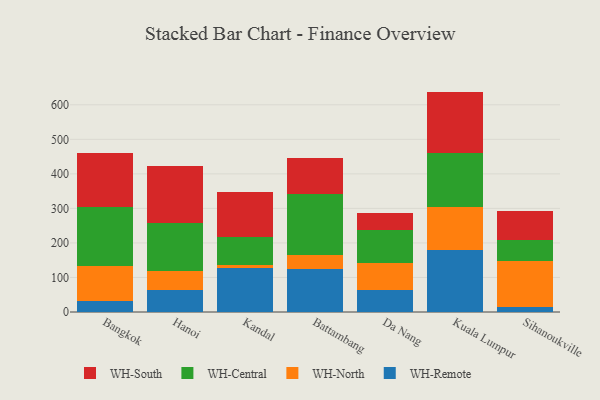
{"axis": {"x": "City", "y": "Page Views"}, "legend": ["WH-Central", "WH-North", "WH-Remote", "WH-South"], "data": [{"x": "Bangkok", "y": 32.8, "type": "WH-Remote"}, {"x": "Bangkok", "y": 100.4, "type": "WH-North"}, {"x": "Bangkok", "y": 170.9, "type": "WH-Central"}, {"x": "Bangkok", "y": 157.5, "type": "WH-South"}, {"x": "Hanoi", "y": 62.4, "type": "WH-Remote"}, {"x": "Hanoi", "y": 54.9, "type": "WH-North"}, {"x": "Hanoi", "y": 141.0, "type": "WH-Central"}, {"x": "Hanoi", "y": 163.5, "type": "WH-South"}, {"x": "Kandal", "y": 127.7, "type": "WH-Remote"}, {"x": "Kandal", "y": 8.8, "type": "WH-North"}, {"x": "Kandal", "y": 81.8, "type": "WH-Central"}, {"x": "Kandal", "y": 129.1, "type": "WH-South"}, {"x": "Battambang", "y": 123.9, "type": "WH-Remote"}, {"x": "Battambang", "y": 40.5, "type": "WH-North"}, {"x": "Battambang", "y": 177.8, "type": "WH-Central"}, {"x": "Battambang", "y": 102.9, "type": "WH-South"}, {"x": "Da Nang", "y": 64.0, "type": "WH-Remote"}, {"x": "Da Nang", "y": 78.9, "type": "WH-North"}, {"x": "Da Nang", "y": 94.3, "type": "WH-Central"}, {"x": "Da Nang", "y": 48.8, "type": "WH-South"}, {"x": "Kuala Lumpur", "y": 179.1, "type": "WH-Remote"}, {"x": "Kuala Lumpur", "y": 126.2, "type": "WH-North"}, {"x": "Kuala Lumpur", "y": 155.8, "type": "WH-Central"}, {"x": "Kuala Lumpur", "y": 177.1, "type": "WH-South"}, {"x": "Sihanoukville", "y": 14.4, "type": "WH-Remote"}, {"x": "Sihanoukville", "y": 132.0, "type": "WH-North"}, {"x": "Sihanoukville", "y": 61.3, "type": "WH-Central"}, {"x": "Sihanoukville", "y": 85.6, "type": "WH-South"}]}